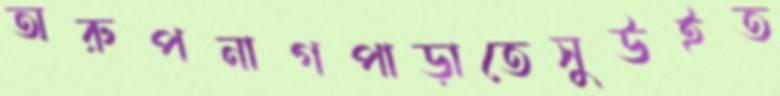
অরুপনাগপাড়াতেসুউইত